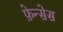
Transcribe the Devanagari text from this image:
फ़ेन्सेस